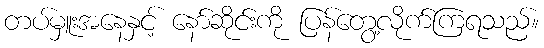
တပ်မှူးအနေနှင့် နော်ဆိုင်းကို ပြန်တွေ့လိုက်ကြရသည်။